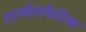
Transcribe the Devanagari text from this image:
एटमॉसफेरिक